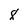
Character: 8